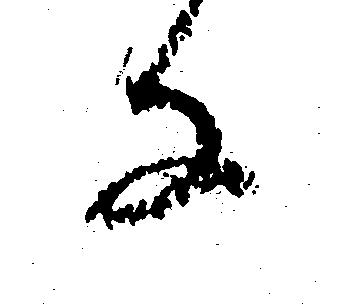
な